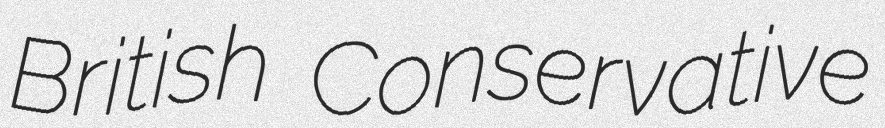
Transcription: British Conservative